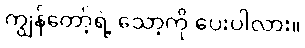
ကျွန်တော့်ရဲ့ သော့ကို ပေးပါလား။